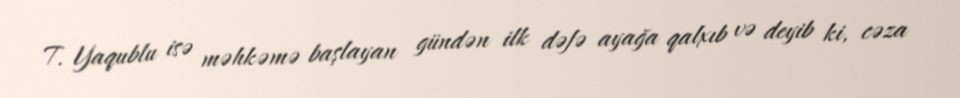
T. Yaqublu isə məhkəmə başlayan gündən ilk dəfə ayağa qalxıb və deyib ki, cəza